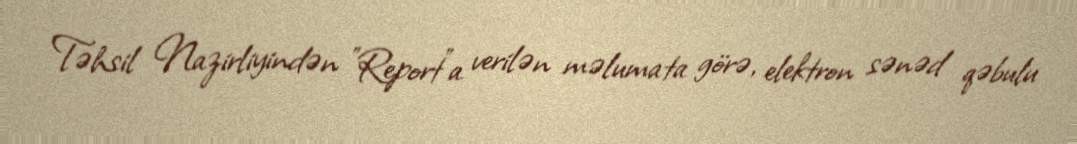
Təhsil Nazirliyindən "Report"a verilən məlumata görə, elektron sənəd qəbulu